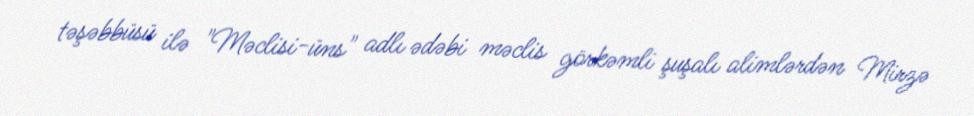
təşəbbüsü ilə "Məclisi-üns" adlı ədəbi məclis görkəmli şuşalı alimlərdən Mirzə